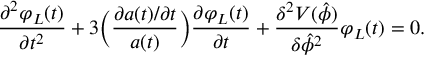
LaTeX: \frac { \partial ^ { 2 } \varphi _ { L } ( t ) } { \partial t ^ { 2 } } + 3 \Bigl ( \frac { \partial a ( t ) / \partial t } { a ( t ) } \Bigr ) \frac { \partial \varphi _ { L } ( t ) } { \partial t } + \frac { \delta ^ { 2 } V ( \hat { \phi } ) } { \delta \hat { \phi } ^ { 2 } } \varphi _ { L } ( t ) = 0 .